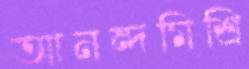
আনন্দমিশ্রি